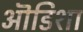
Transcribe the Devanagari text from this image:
ऒडिशा